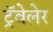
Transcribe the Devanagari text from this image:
ट्रॅवेलेर